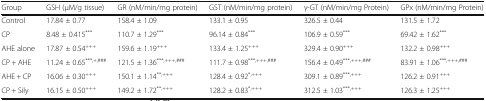
<table><thead><tr><td><b>Group</b></td><td><b>GSH (μM/g tissue)</b></td><td><b>GR (nM/min/mg protein)</b></td><td><b>GST (nM/min/mg protein)</b></td><td><b>γ-GT (nM/min/mg Protein)</b></td><td><b>GPx (nM/min/mg Protein)</b></td></tr></thead><tbody><tr><td>Control</td><td>17.84 ± 0.77</td><td>158.4 ± 1.09</td><td>133.1 ± 0.95</td><td>326.5 ± 0.44</td><td>131.5 ± 1.72</td></tr><tr><td>CP</td><td>8.48 ± 0.415<sup>***</sup></td><td>110.7 ± 1.29<sup>***</sup></td><td>96.14 ± 0.84<sup>***</sup></td><td>106.9 ± 0.59<sup>***</sup></td><td>69.42 ± 1.62<sup>***</sup></td></tr><tr><td>AHE alone</td><td>17.87 ± 0.54<sup>+++</sup></td><td>159.6 ± 1.19<sup>+++</sup></td><td>133.4 ± 1.25<sup>+++</sup></td><td>329.4 ± 0.90<sup>+++</sup></td><td>132.2 ± 0.98<sup>+++</sup></td></tr><tr><td>CP + AHE</td><td>11.24 ± 0.65<sup>***,+,###</sup></td><td>121.5 ± 1.36<sup>***,+++,###</sup></td><td>111.7 ± 0.98<sup>***,+++,###</sup></td><td>156.4 ± 0.49<sup>***,+++,###</sup></td><td>83.91 ± 1.06<sup>***,+++,###</sup></td></tr><tr><td>AHE + CP</td><td>16.06 ± 0.30<sup>+++</sup></td><td>150.1 ± 1.14<sup>**,+++</sup></td><td>128.4 ± 0.92<sup>*,+++</sup></td><td>309.1 ± 0.89<sup>***,+++</sup></td><td>126.2 ± 0.91<sup>+++</sup></td></tr><tr><td>CP + Sily</td><td>16.15 ± 0.50<sup>+++</sup></td><td>149.2 ± 1.72<sup>**,+++</sup></td><td>128.2 ± 0.83<sup>*,+++</sup></td><td>312.5 ± 1.03<sup>***,+++</sup></td><td>126.3 ± 1.25<sup>+++</sup></td></tr></tbody></table>